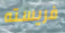
فريسته